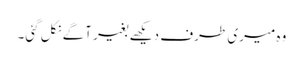
وہ میری طرف دیکھے بغیر آگے نکل گئی۔